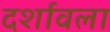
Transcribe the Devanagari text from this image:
दर्शावला